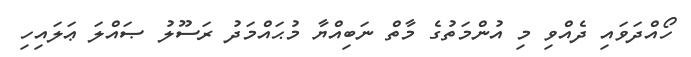
ހޯއްދަވައި ދެއްވި މި އުންމަތުގެ މާތް ނަބިއްޔާ މުޙައްމަދު ރަސޫލު ޞައްލަ ޢަލައިހި